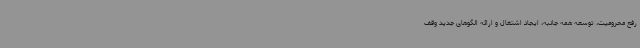
رفع محرومیت، توسعه همه جانبه، ایجاد اشتغال و ارائه الگوهای جدید وقف